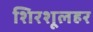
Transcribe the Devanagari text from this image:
शिरशूलहर